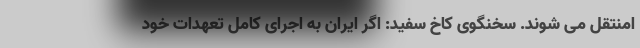
امنتقل می شوند. سخنگوی کاخ سفید: اگر ایران به اجرای کامل تعهدات خود